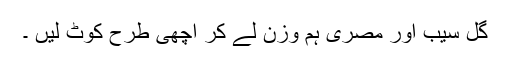
گل سیب اور مصری ہم وزن لے کر اچھی طرح کوٹ لیں ۔